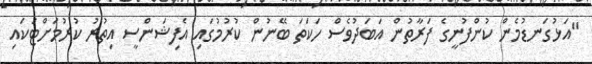
"އަޅުގަނޑުމެން ކުންފުނީގެ ފަރާތުން އަބަދުވެސް ހަކަތަ ބޭނުން ކުރުމުގައި އެފިޝަންސީ އިތުރު ކުރުމަށްޓަކައި